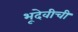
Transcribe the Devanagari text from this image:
भूदेवीची